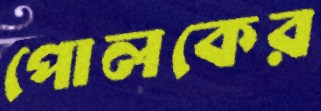
পোলকের